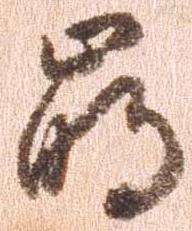
崩